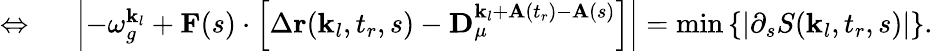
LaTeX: \begin{array}{rl}{\Leftrightarrow\ }&{{}\left|-\omega_{g}^{\textbf{k}_{l}}+\textbf{F}(s)\cdot\left[\Delta\textbf{r}(\textbf{k}_{l},t_{r},s)-\textbf{D}_{\mu}^{\textbf{k}_{l}+\textbf{A}(t_{r})-\textbf{A}(s)}\right]\right|=\operatorname*{min}\left\{ \left|\partial_{s}S(\textbf{k}_{l},t_{r},s)\right|\right\} .}\end{array}